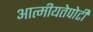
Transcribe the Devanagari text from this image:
आत्मीयतेपोटी